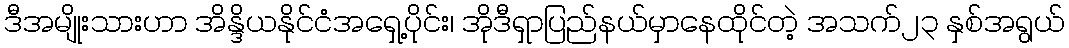
ဒီအမျိုးသားဟာ အိန္ဒိယနိုင်ငံအရှေ့ပိုင်း၊ အိုဒီရှာပြည်နယ်မှာနေထိုင်တဲ့ အသက်၂၃ နှစ်အရွယ်